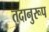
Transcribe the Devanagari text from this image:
तदानुरूप